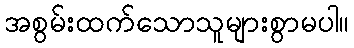
အစွမ်းထက်သောသူများစွာမပါ။